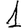
Digit: 1